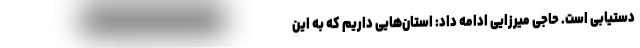
دستیابی است. حاجی میرزایی ادامه ‌داد: استان‌هایی داریم که به این